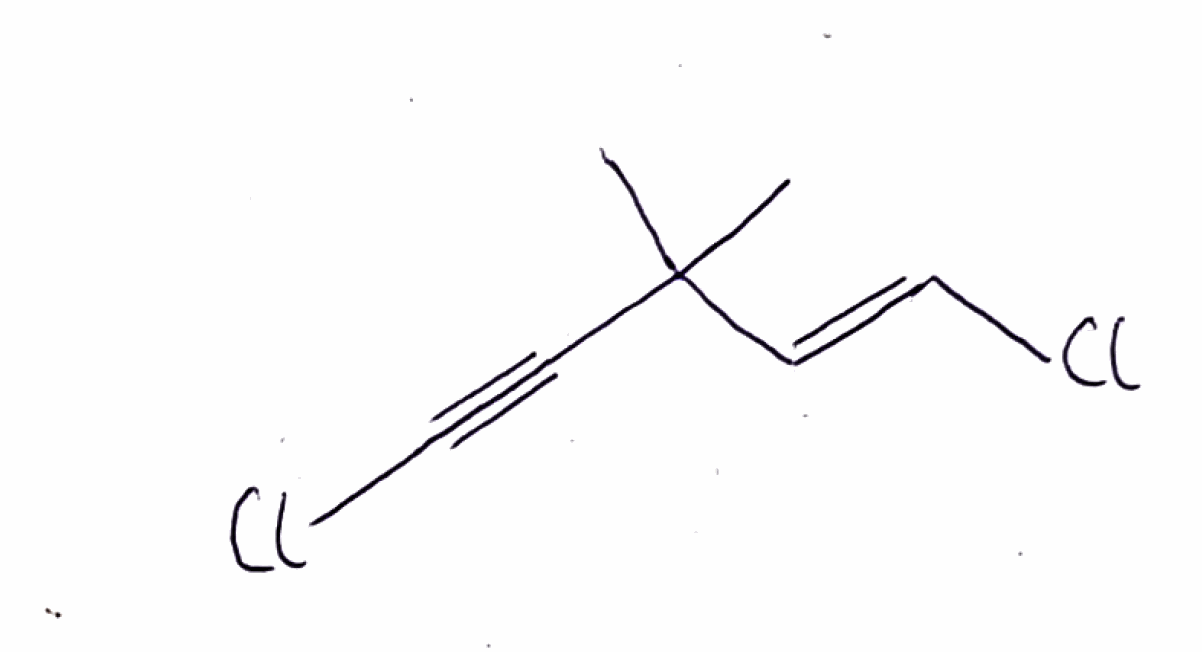
Simplified molecular-input line-entry system (SMILES) notation of the given molecule:
CC(C)(/C=C/Cl)C#CCl